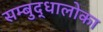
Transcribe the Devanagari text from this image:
सम्बुद्धालोका